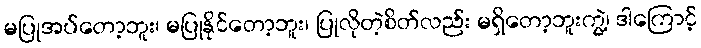
မပြုအပ်တော့ဘူး၊ မပြုနိုင်တော့ဘူး၊ ပြုလိုတဲ့စိတ်လည်း မရှိတော့ဘူးကွဲ့၊ ဒါကြောင့်